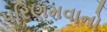
પરિણમવાનો